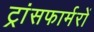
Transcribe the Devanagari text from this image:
ट्रांसफार्मरों